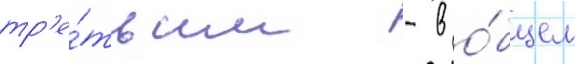
тр'е́тьим - в о́бщем